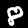
Label: 8